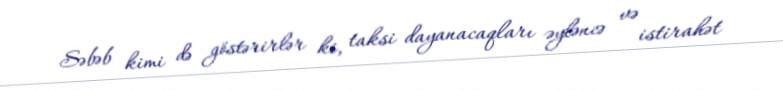
Səbəb kimi də göstərirlər ki, taksi dayanacaqları əyləncə və istirahət